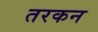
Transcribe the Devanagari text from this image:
तरकन